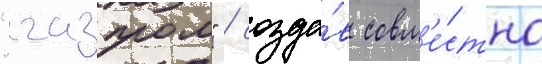
"газпром" / созда́в совм'е́стно